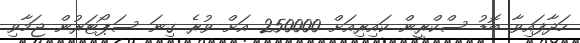
ހަދާފައިވާ ބޮޑު ސްކްރީން ކައިރިއަށް 250000 އަށް ވުރެ ގިނަ ސަޕޯޓަރުން ޖަމާވި